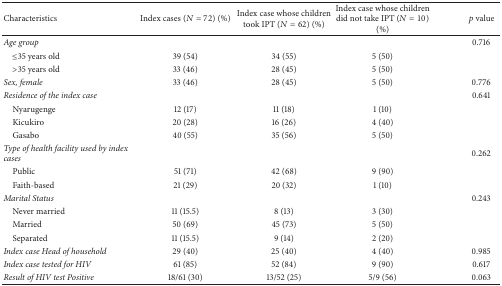
| Characteristics | Index cases (N = 72) (%) | Index case whose children took IPT (N = 62) (%) | Index case whose children did not take IPT (N = 10) (%) | p value |
 | --- | --- | --- | --- | --- |
 | Age group |  |  |  | 0.716 |
 | ≤35 years old | 39 (54) | 34 (55) | 5 (50) |  |
 | >35 years old | 33 (46) | 28 (45) | 5 (50) |  |
 | Sex, female | 33 (46) | 28 (45) | 5 (50) | 0.776 |
 | Residence of the index case |  |  |  | 0.641 |
 | Nyarugenge | 12 (17) | 11 (18) | 1 (10) |  |
 | Kicukiro | 20 (28) | 16 (26) | 4 (40) |  |
 | Gasabo | 40 (55) | 35 (56) | 5 (50) |  |
 | Type of health facility used by index cases |  |  |  | 0.262 |
 | Public | 51 (71) | 42 (68) | 9 (90) |  |
 | Faith-based | 21 (29) | 20 (32) | 1 (10) |  |
 | Marital Status |  |  |  | 0.243 |
 | Never married | 11 (15.5) | 8 (13) | 3 (30) |  |
 | Married | 50 (69) | 45 (73) | 5 (50) |  |
 | Separated | 11 (15.5) | 9 (14) | 2 (20) |  |
 | Index case Head of household | 29 (40) | 25 (40) | 4 (40) | 0.985 |
 | Index case tested for HIV | 61 (85) | 52 (84) | 9 (90) | 0.617 |
 | Result of HIV test Positive | 18/61 (30) | 13/52 (25) | 5/9 (56) | 0.063 |